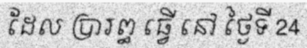
ដែល ប្រារព្ធ ធ្វើ នៅ ថ្ងៃទី 24